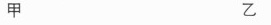
甲 乙